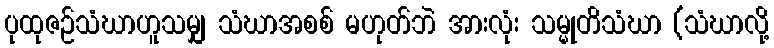
ပုထုဇဉ်သံဃာဟူသမျှ သံဃာအစစ် မဟုတ်ဘဲ အားလုံး သမ္မုတိသံဃာ (သံဃာလို့